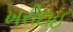
ખરીદાઈ